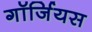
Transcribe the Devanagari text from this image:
गॉर्जियस